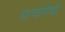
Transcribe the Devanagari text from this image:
मायोपैथी